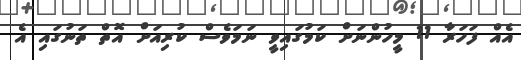
އެއް ފަހަރާ 11 މީހުންނަށް ކަމުގައިވީ ނަމަވެސް ކުރިއަށް އޮތް ތަނުގައި އެ